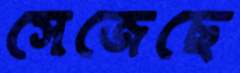
সেজেছে